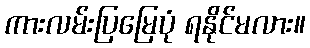
ကားလမ်းပြမြေပုံ ရနိုင်မလား။